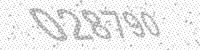
Solution: 028790